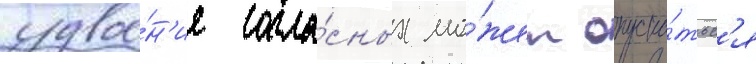
удвое́н'ие согла́сных мо́жет опуска́тьс'я